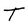
Character: T